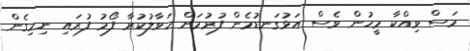
މަސް ވިއްކާ މީހުން ވެސް އަޅުގަނޑުމެން ފުރުމަށް ހަވާލުކުރާ ފޯމު ފުރައި ނިމިގެން